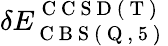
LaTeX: \delta E_{\mathrm{~C~B~S~(~Q~,~5~)~}}^{\mathrm{~C~C~S~D~(~T~)~}}